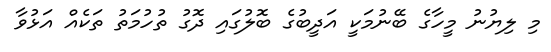
މި ލިޔުނު މީހާގެ ބޭނުމަކީ އަދީބުގެ ބޮލުގައި ދޮގު ތުހުމަތު ތަކެއް އަޅުވާ